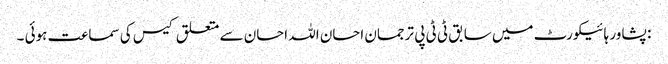
: پشاور ہائیکورٹ میں سابق ٹی ٹی پی ترجمان احسان اللہ احسان سے متعلق کیس کی سماعت ہوئی ۔